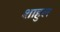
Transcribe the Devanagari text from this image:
शाहुल